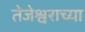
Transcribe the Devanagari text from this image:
तेजेश्वराच्या